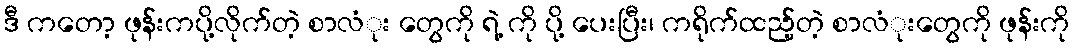
ဒီ ကတော့ ဖုန်းကပို့လိုက်တဲ့ စာလံုး တွေကို ရဲ့ ကို ပို့ ပေးပြီး၊ ကရိုက်ထည့်တဲ့ စာလံုးတွေကို ဖုန်းကို